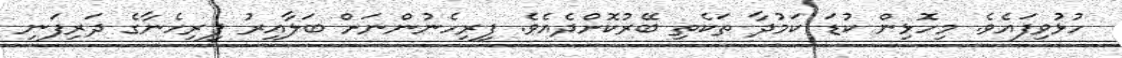
ހުޅުވިފައެވެ. މިހޮޅިން ކުޑަ ކަމުދާ ތަކެތި ބޭރުކޮށްދެއެވެ. ފިރިހެނުންނަށް ބަލާއިރު ފިރިހެނާގެ ދަރިފަނި